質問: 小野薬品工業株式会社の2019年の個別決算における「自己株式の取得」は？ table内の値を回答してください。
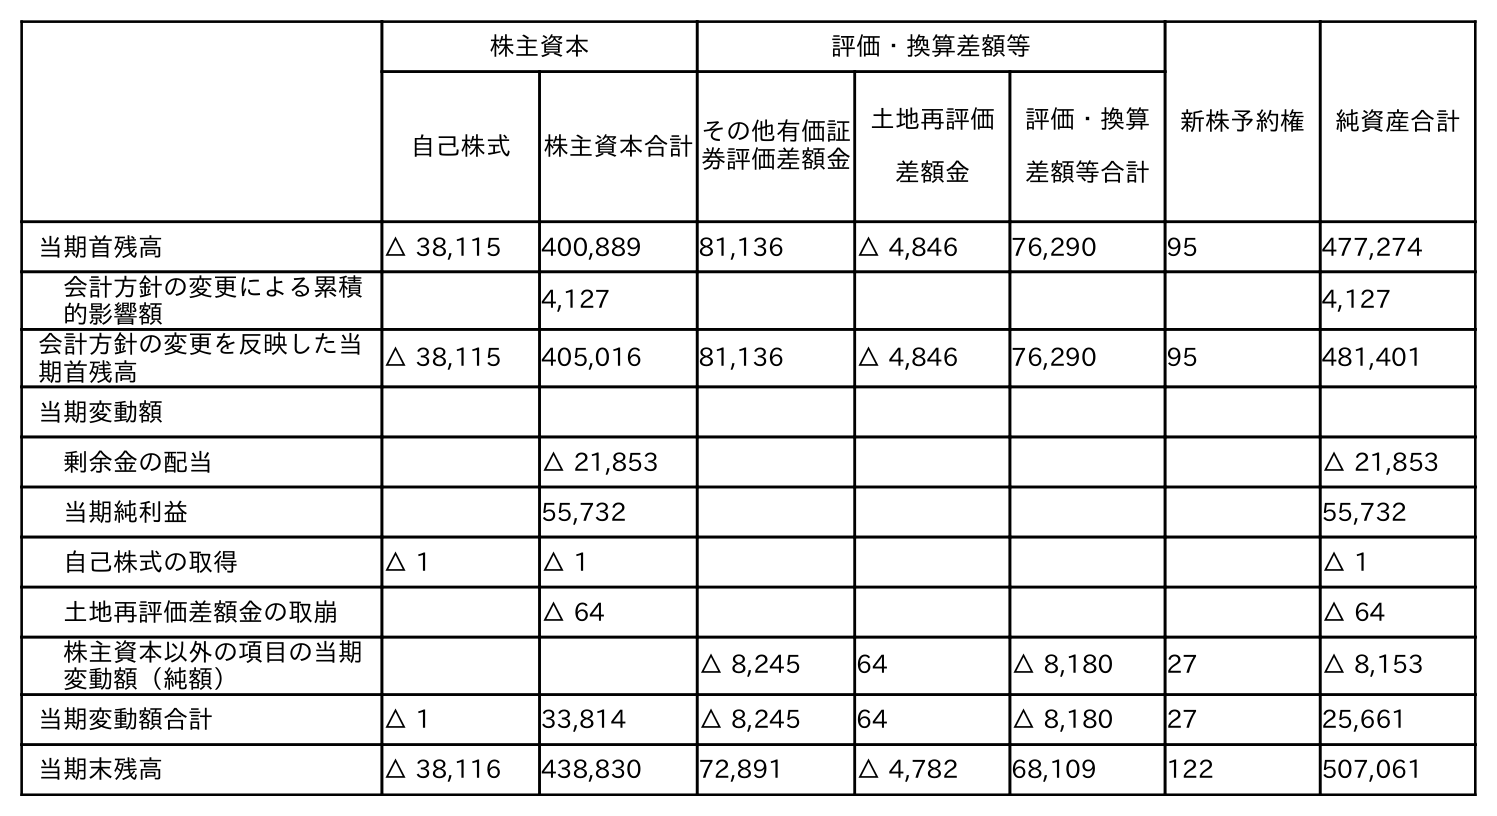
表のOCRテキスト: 株主資本 評価・換算差額等 新株予約権 純資産合計 自己株式 株主資本合計その他有価証 券評価差額金 土地再評価 差額金 評価・換算 差額等合計 当期首残高 △ 38,115 400,889 81,136 △ 4,846 76,290 95 477,274 会計方針の変更による累積 的影響額 4,127 4,127 会計方針の変更を反映した当 期首残高 △ 38,115 405,016 81,136 △ 4,846 76,290 95 481,401 当期変動額 剰余金の配当 △ 21,853 △ 21,853 当期純利益 55,732 55,732 自己株式の取得 △ 1 △ 1 △ 1 土地再評価差額金の取崩 △ 64 △ 64 株主資本以外の項目の当期 変動額（純額） △ 8,245 64 △ 8,180 27 △ 8,153 当期変動額合計 △ 1 33,814 △ 8,245 64 △ 8,180 27 25,661 当期末残高 △ 38,116 438,830 72,891 △ 4,782 68,109 122 507,061
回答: △1